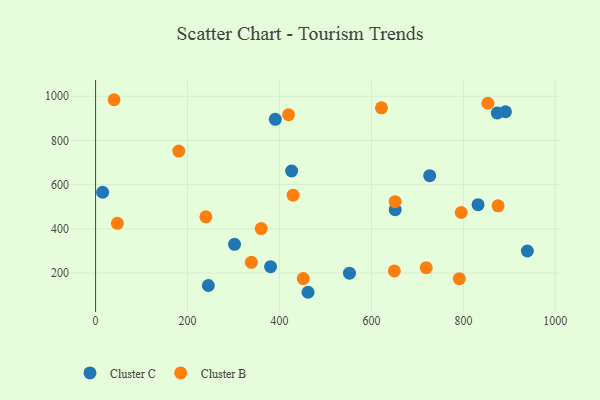
{"axis": {"x": "Speed", "y": "Salary"}, "legend": ["Cluster B", "Cluster C"], "data": [{"x": "390.9", "y": 895.6, "type": "Cluster C"}, {"x": "380.6", "y": 228.6, "type": "Cluster C"}, {"x": "939.2", "y": 299.8, "type": "Cluster C"}, {"x": "891.5", "y": 929.9, "type": "Cluster C"}, {"x": "15.3", "y": 565.6, "type": "Cluster C"}, {"x": "552.2", "y": 199.4, "type": "Cluster C"}, {"x": "651.7", "y": 486.8, "type": "Cluster C"}, {"x": "302.2", "y": 330.1, "type": "Cluster C"}, {"x": "426.4", "y": 661.8, "type": "Cluster C"}, {"x": "726.7", "y": 640.7, "type": "Cluster C"}, {"x": "245.3", "y": 143.6, "type": "Cluster C"}, {"x": "831.9", "y": 509.3, "type": "Cluster C"}, {"x": "873.7", "y": 924.2, "type": "Cluster C"}, {"x": "462.1", "y": 112.9, "type": "Cluster C"}, {"x": "451.7", "y": 174.9, "type": "Cluster B"}, {"x": "791.2", "y": 174.5, "type": "Cluster B"}, {"x": "651.5", "y": 522.8, "type": "Cluster B"}, {"x": "875.5", "y": 504.3, "type": "Cluster B"}, {"x": "649.9", "y": 209.3, "type": "Cluster B"}, {"x": "47.4", "y": 425.0, "type": "Cluster B"}, {"x": "360.3", "y": 401.2, "type": "Cluster B"}, {"x": "795.3", "y": 474.0, "type": "Cluster B"}, {"x": "180.9", "y": 751.7, "type": "Cluster B"}, {"x": "40.2", "y": 984.3, "type": "Cluster B"}, {"x": "239.8", "y": 454.4, "type": "Cluster B"}, {"x": "338.8", "y": 248.4, "type": "Cluster B"}, {"x": "719.2", "y": 224.3, "type": "Cluster B"}, {"x": "429.6", "y": 552.5, "type": "Cluster B"}, {"x": "419.7", "y": 916.2, "type": "Cluster B"}, {"x": "621.8", "y": 947.6, "type": "Cluster B"}, {"x": "853.4", "y": 968.3, "type": "Cluster B"}]}